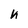
Character: n